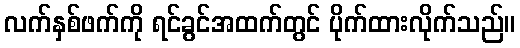
လက်နှစ်ဖက်ကို ရင်ခွင်အထက်တွင် ပိုက်ထားလိုက်သည်။